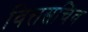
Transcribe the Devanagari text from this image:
वित्तसचिव